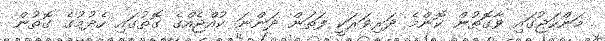
މަންހަޖުގައި ވާގޮތުން ކޮންމެ ދަރިވަރަކީ ފަތަން ދަންނަ ކުއްޖެއްގެ ގޮތުގައި ހެދުމުގެ ގޮތުން